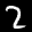
Label: 2